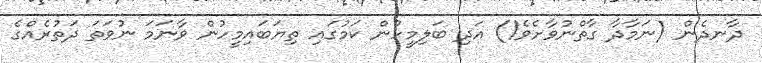
ދާނދެން (ނަމާދާ ގާތްނުވާށެވެ!) އަދި ބަލިމީހުން ކަމުގައި ތިޔަބައިމީހުން ވާނަމަ ނުވަތަ ދަތުރެއްގެ